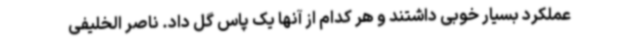
عملکرد بسیار خوبی داشتند و هر کدام از آنها یک پاس گل داد. ناصر الخلیفی